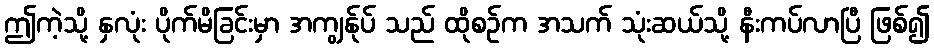
ဤကဲ့သို့ နှလုံး ပိုက်မိခြင်းမှာ အကျွန်ုပ် သည် ထိုစဉ်က အသက် သုံးဆယ်သို့ နီးကပ်လာပြီ ဖြစ်၍